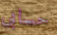
حسابى